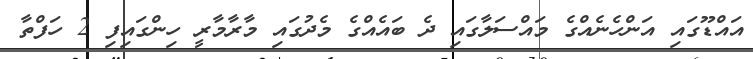
އައްޑޫގައި އަންހެނެއްގެ މައްސަލާގައި ދެ ބައެއްގެ މެދުގައި މާރާމާރީ ހިންގައިފި 2 ހަފްތާ